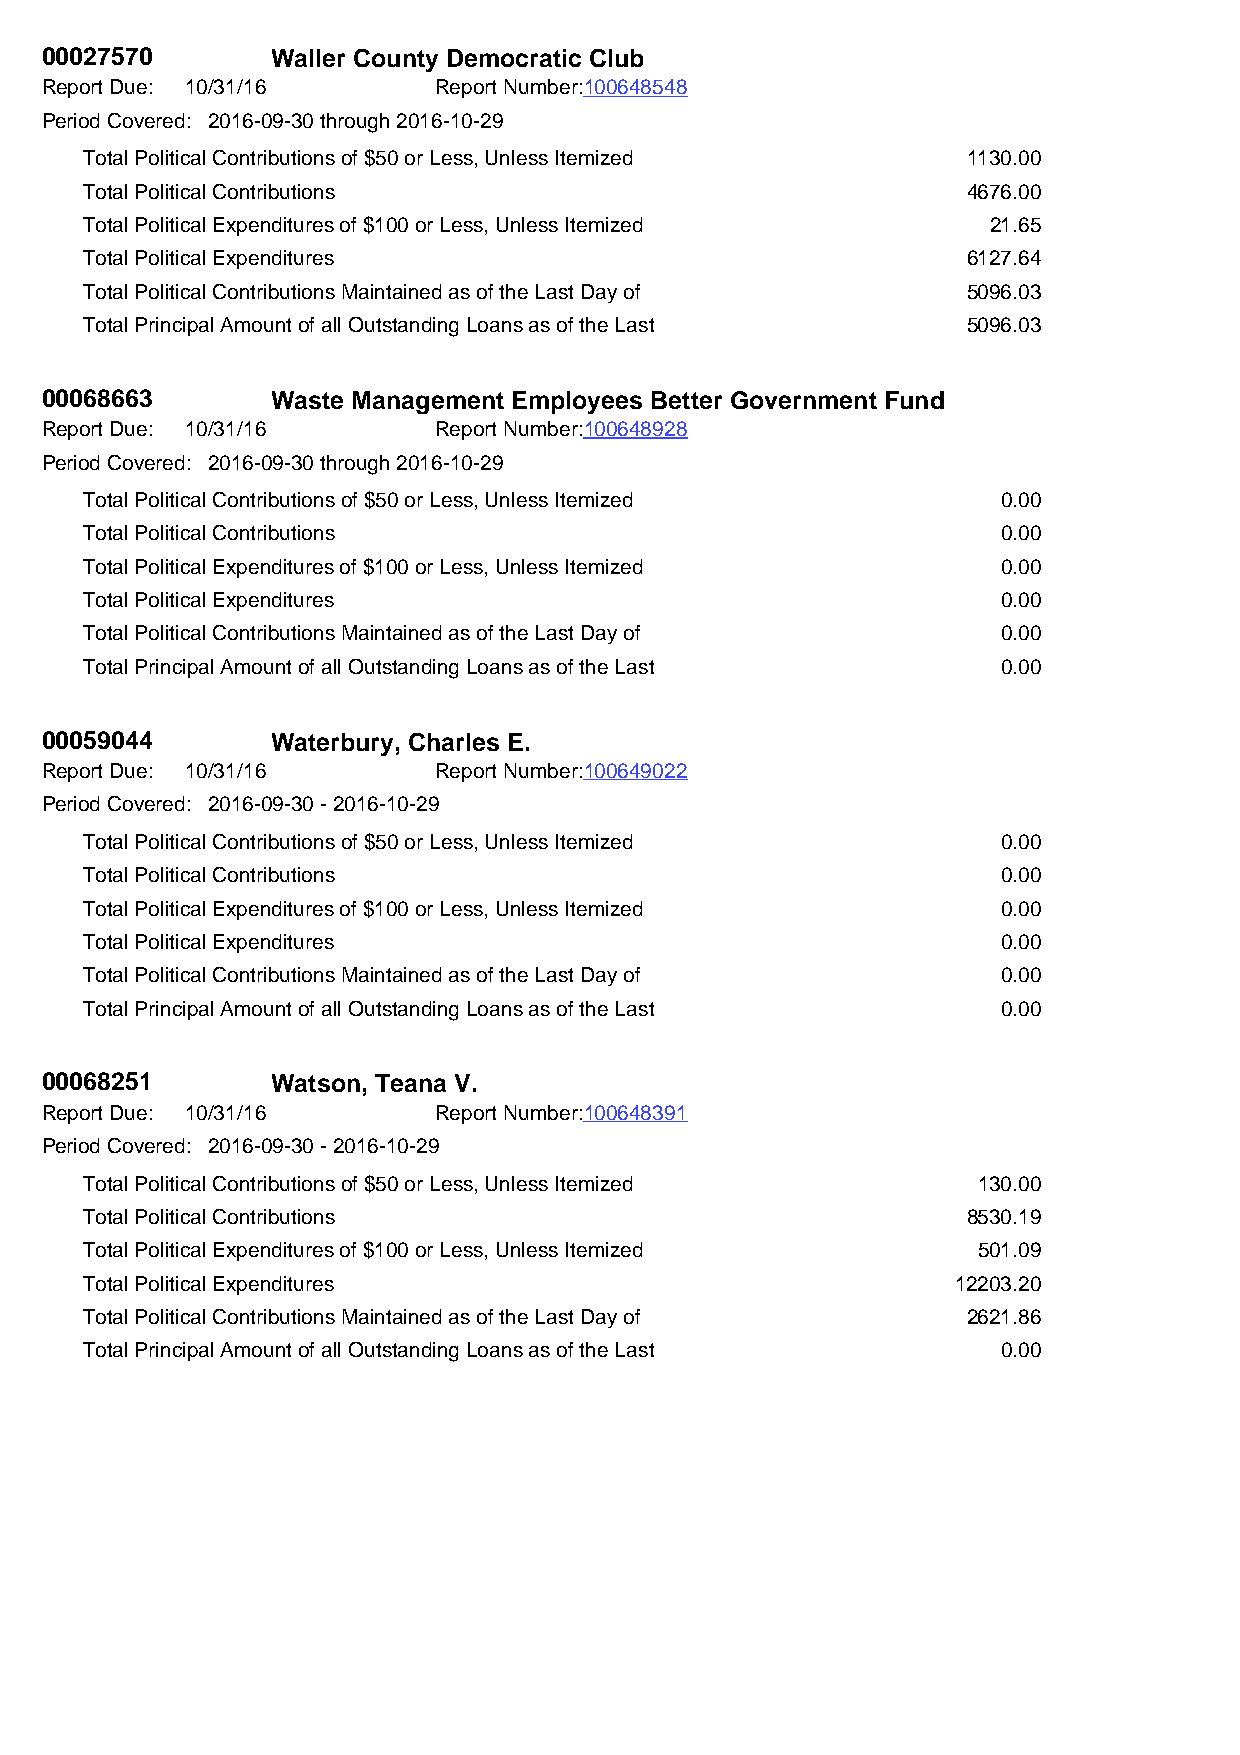
00027570       Waller County Democratic Club
 Report Due: 10/31/16      Report Number:100648548
 Period Covered: 2016-09-30 through 2016-10-29
 Total Political Contributions of $50 or Less, Unless Itemized 1130.00
 Total Political Contributions                             4676.00
 Total Political Expenditures of $100 or Less, Unless Itemized 21.65
 Total Political Expenditures                              6127.64
 Total Political Contributions Maintained as of the Last Day of 5096.03
 Total Principal Amount of all Outstanding Loans as of the Last 5096.03
 00068663       Waste Management Employees Better Government Fund
 Report Due: 10/31/16      Report Number:100648928
 Period Covered: 2016-09-30 through 2016-10-29
 Total Political Contributions of $50 or Less, Unless Itemized 0.00
 Total Political Contributions                               0.00
 Total Political Expenditures of $100 or Less, Unless Itemized 0.00
 Total Political Expenditures                                0.00
 Total Political Contributions Maintained as of the Last Day of 0.00
 Total Principal Amount of all Outstanding Loans as of the Last 0.00
 00059044       Waterbury, Charles E.
 Report Due: 10/31/16      Report Number:100649022
 Period Covered: 2016-09-30 - 2016-10-29
 Total Political Contributions of $50 or Less, Unless Itemized 0.00
 Total Political Contributions                               0.00
 Total Political Expenditures of $100 or Less, Unless Itemized 0.00
 Total Political Expenditures                                0.00
 Total Political Contributions Maintained as of the Last Day of 0.00
 Total Principal Amount of all Outstanding Loans as of the Last 0.00
 00068251       Watson, Teana V.
 Report Due: 10/31/16      Report Number:100648391
 Period Covered: 2016-09-30 - 2016-10-29
 Total Political Contributions of $50 or Less, Unless Itemized 130.00
 Total Political Contributions                             8530.19
 Total Political Expenditures of $100 or Less, Unless Itemized 501.09
 Total Political Expenditures                             12203.20
 Total Political Contributions Maintained as of the Last Day of 2621.86
 Total Principal Amount of all Outstanding Loans as of the Last 0.00